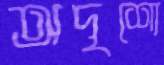
অদৃশ্যে